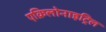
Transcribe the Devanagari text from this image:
एक्रिलोनाइट्रिल